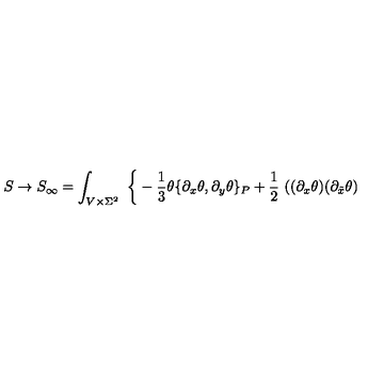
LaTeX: S \to S _ { \infty } = \int _ { V \times \Sigma ^ { 2 } } \ \bigg \{ - \frac { 1 } { 3 } \theta \{ \partial _ { x } \theta , \partial _ { y } \theta \} _ { P } + \frac { 1 } { 2 } \ ( ( \partial _ { x } \theta ) ( \partial _ { \tilde { x } } \theta )